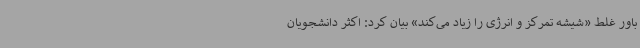
باور غلط «شیشه تمرکز و انرژی را زیاد می‌کند» بیان کرد: اکثر دانشجویان